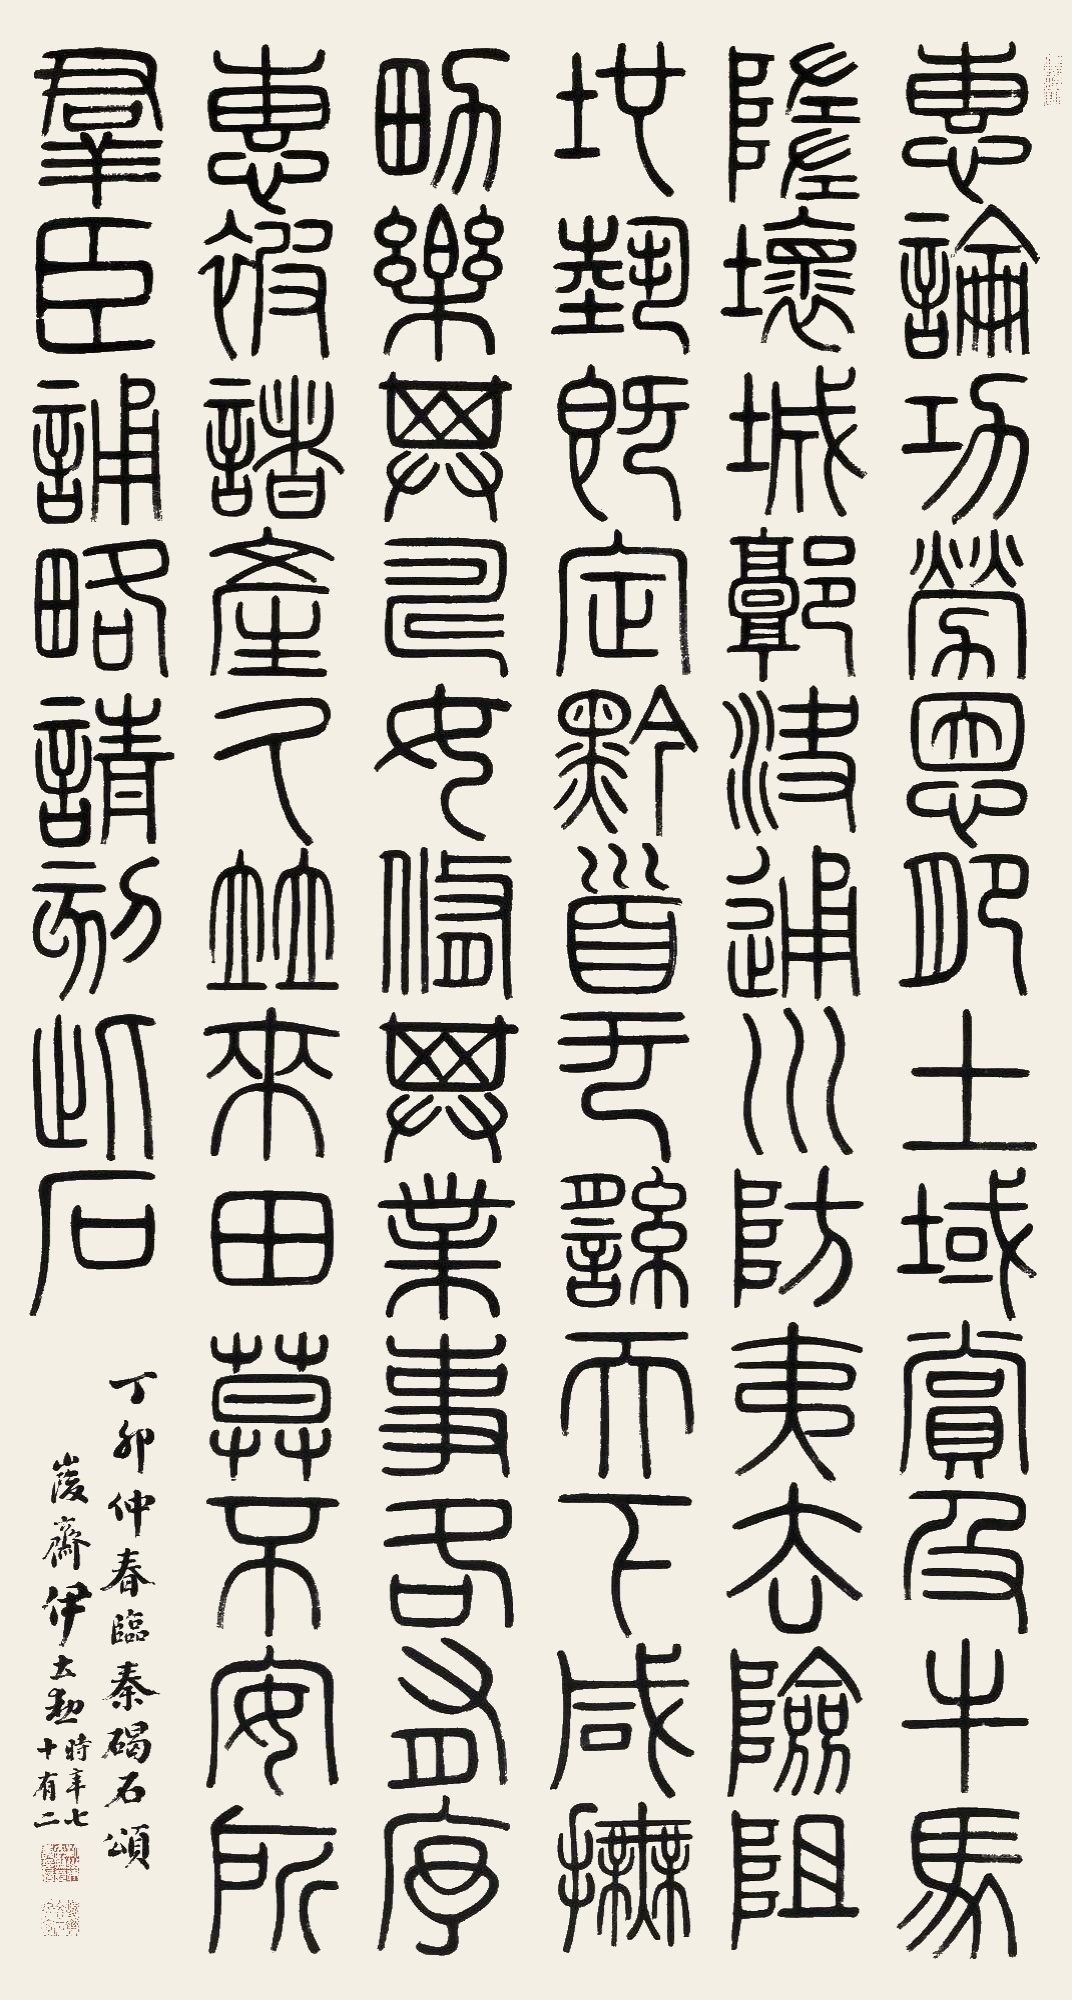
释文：惠论功劳，恩肥土域，赏及牛马。堕坏城郭，决通川防，夷去险阻，地势既定，黔首无繇，天下咸抚。男乐其畴，女修其业，事各有序。惠被诸产，久并来田，莫不安所。群臣诵略，请刻此石。丁卯仲春，临秦碣石颂，峻斋伊立勋时年七十有二。